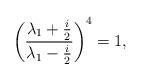
LaTeX: \begin{align*}\left(\frac{\lambda_1+\frac{i}{2}}{\lambda_1-\frac{i}{2}}\right)^4=1,\end{align*}